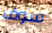
سوف